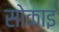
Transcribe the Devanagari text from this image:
सोकाइ